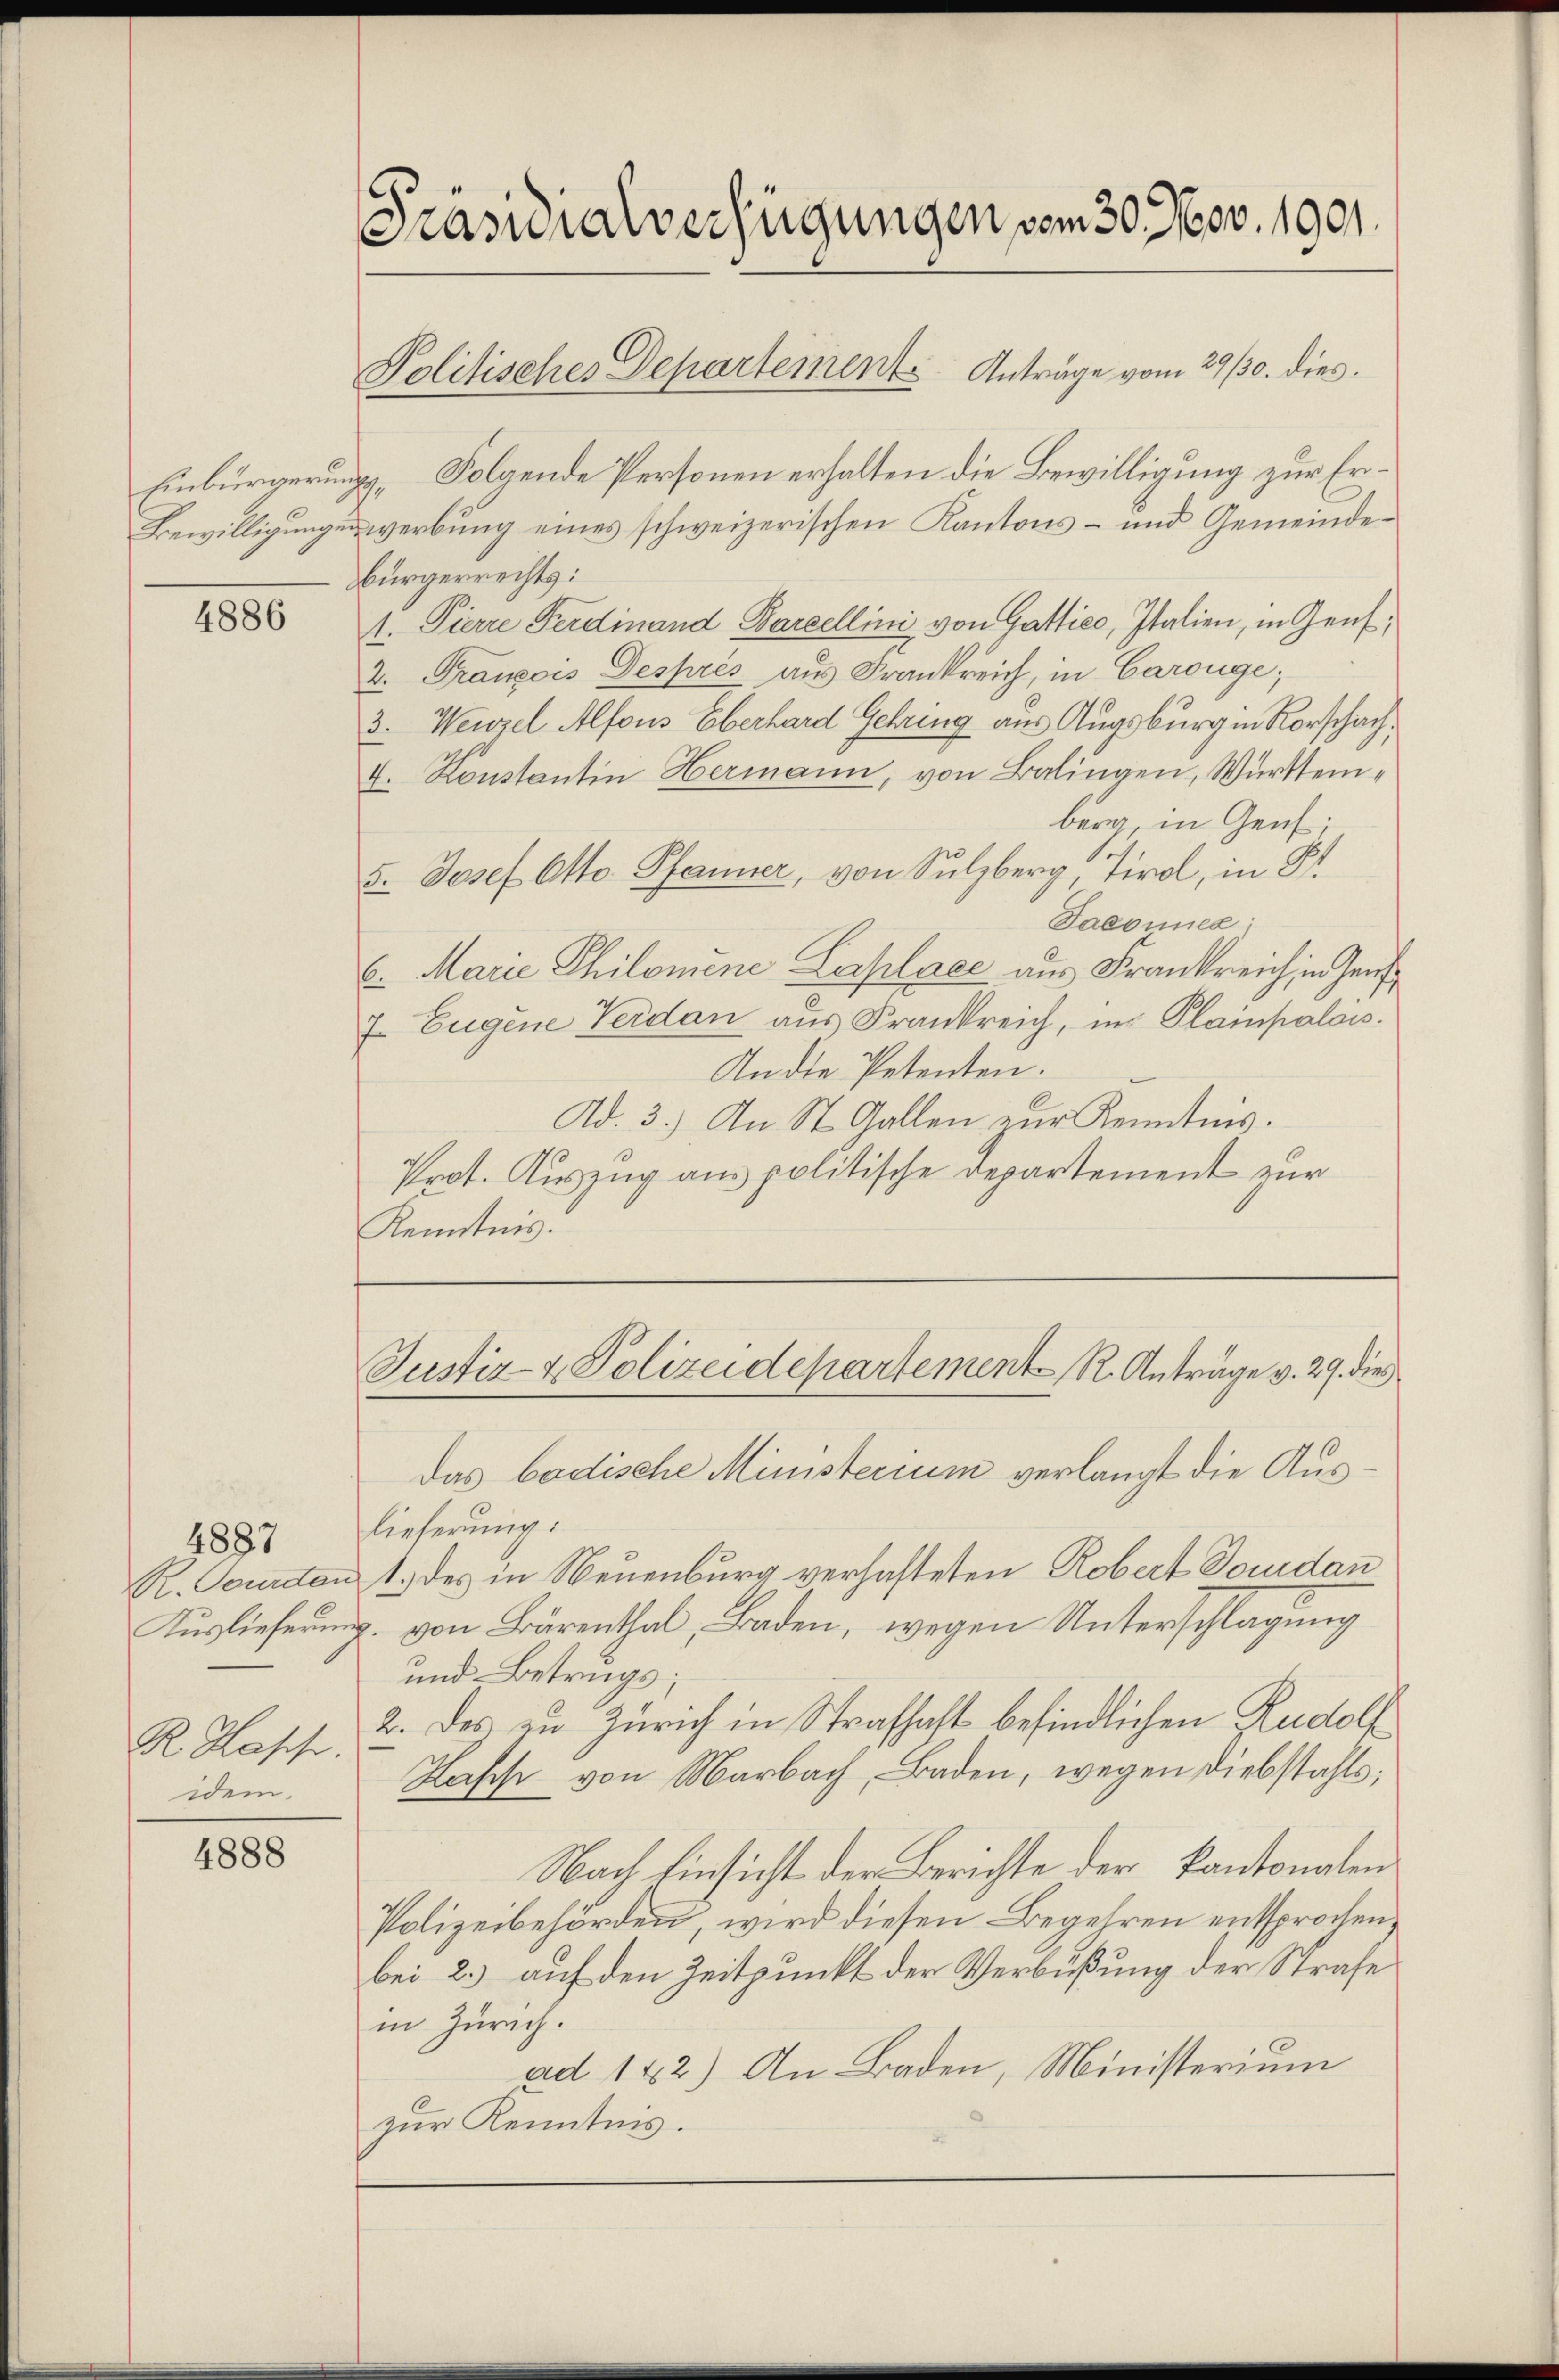
4886

R. Tourden
Auslieferung
R. Hasch.
idem

4887

4888

Präsidialverfügungen vom 30. Nov. 1901.

Einbürgerungs- Folgende Personen erhalten die Bewilligung zur Er¬
Bewilligungen werbung eines schweizerischen Kantons- und Gemeindebürgerrechts:
1. Pierre Ferdinand Barzellini von Gattico, Italien, in Gens¬
2. François Deshrés aus Frankreich, in Carouge;
3. Wenzel Alfons Eberhard Gehring aus Augsburg in Rorschach,
4. Konstantin Hermann, von Balingen, Württemberg, in Genf;
5. Josef Otto. Pfanner, von Sulzberg Tirol, in St.
Sacomnes
6. Marie Philomene Laplace aus Frankreich in Zeu¬
7. Eugene Verdan aus Frankreich, ins Plainpalais.
Andte Petenten.
Ad. 3.) An St. Gallen zŭr Kenntnis.
Prot. Auszug aus politische Departement zur
Kenntnis.

Politisches Departement Anträge vom 29/30. dies

Justiz- & Polizeidepartement, R. Anträge v. 29. dies

das badische Ministerium verlangt die Auslieferung:
t.) des in Neuenburg verhafteten Robert Docudan
2. von Bärenthal, Baden, wegen Unterschlagung
und Betrugs;
2. des zu Zürich in Strafhaft befindlichen Rudolf
Hasse von Marbach, Baden, wegen Diebstahls;
Nach Einsicht der Berichte der kantonalen
Polizeibehörden, wird diesen Begehren entsprochen,
bei 2.) auf den Zeitpunkt der Verbüßung der Strafe
in Zürich.
ad 182) An Baden, Ministerium
zur Kenntnis.